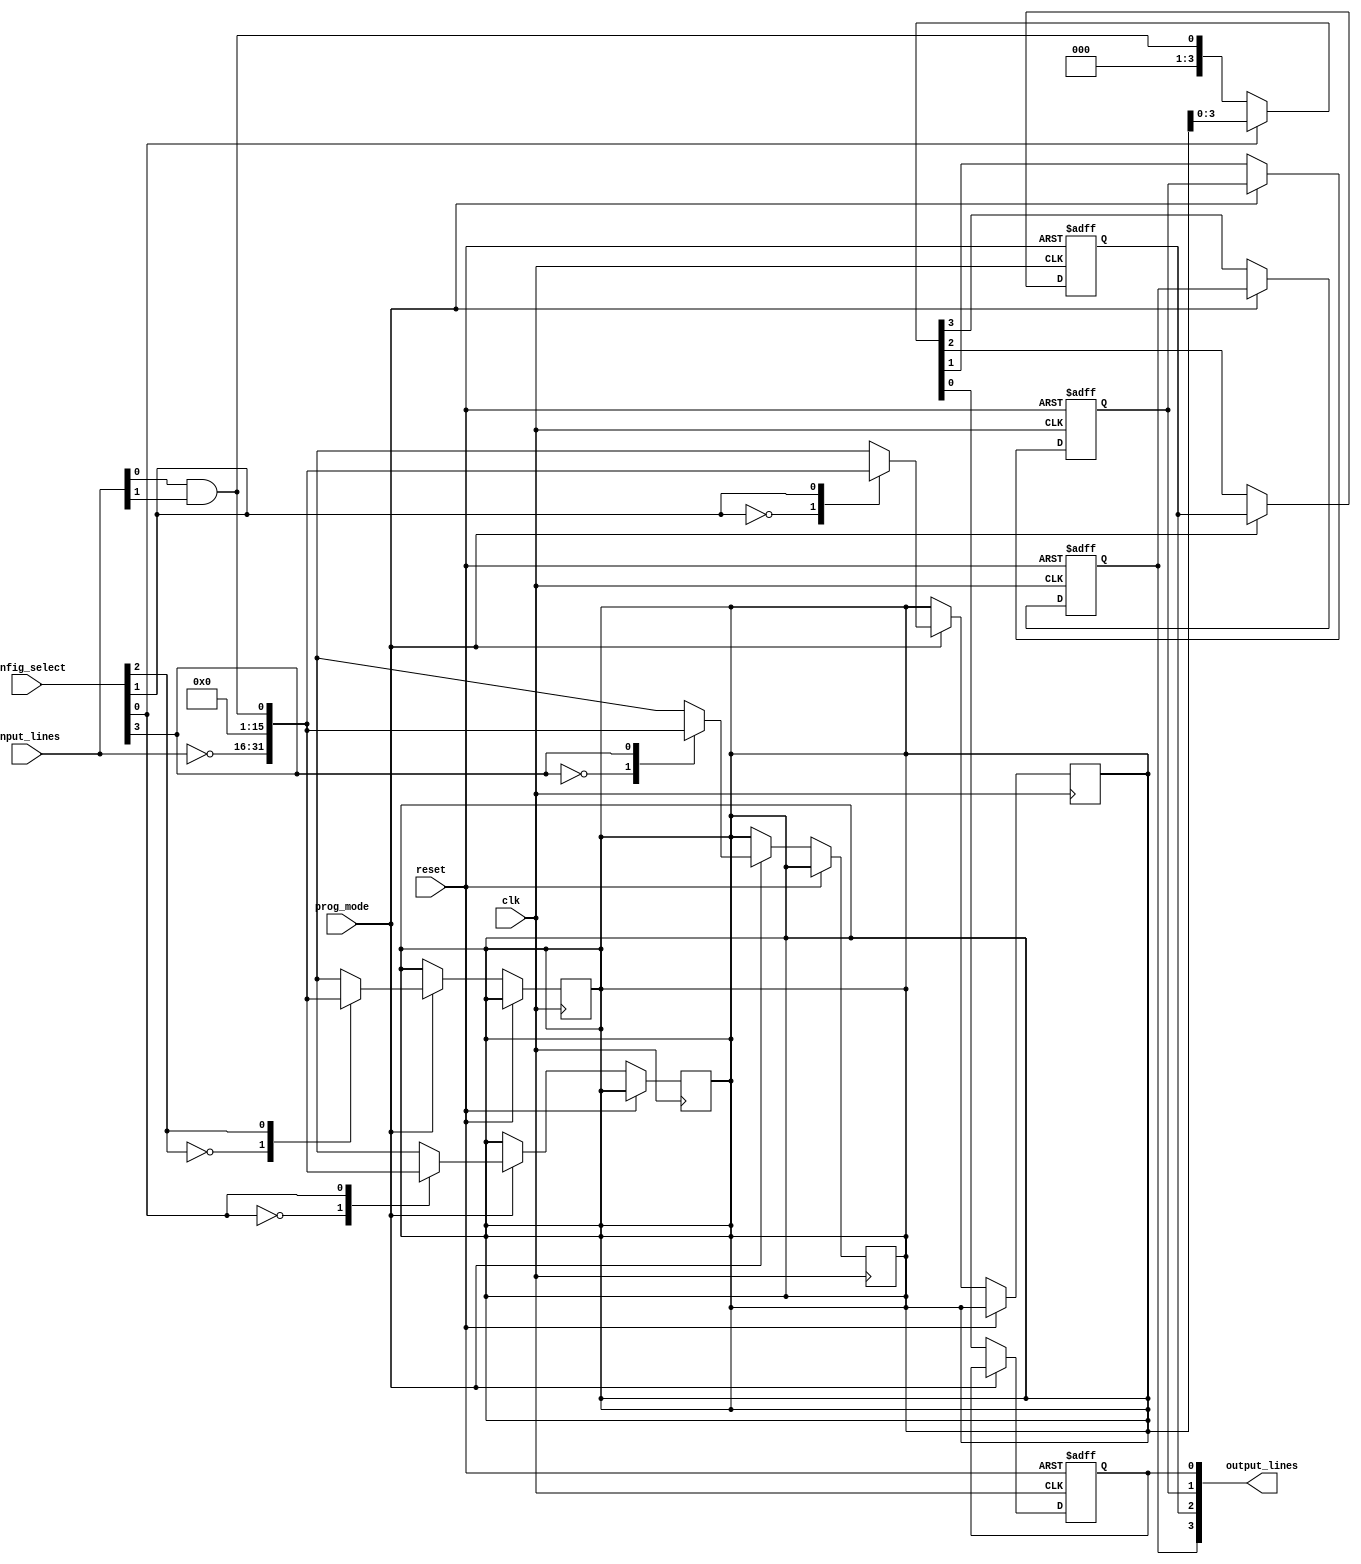
module CLB #(
    parameter NUM_INPUTS = 16,
    parameter NUM_OUTPUTS = 4
)(
    input wire [NUM_INPUTS-1:0] input_lines,   // Input lines
    input wire [NUM_OUTPUTS-1:0] config_select, // Configuration select bits
    input wire prog_mode,                        // Programming mode signal
    input wire clk,                              // Clock signal
    input wire reset,                            // Reset signal
    output reg [NUM_OUTPUTS-1:0] output_lines   // Output lines
);

    reg [NUM_INPUTS-1:0] internal_logic;        // Internal logic output from gates
    wire [NUM_OUTPUTS-1:0] mux_out;             // Mux output

    // Logic gates - Example: You can expand this with more gates/configuration as needed
    function [NUM_INPUTS-1:0] logic_gate(
        input [3:0] gate_type,
        input [NUM_INPUTS-1:0] in
    );
        case (gate_type)
            4'b0000: logic_gate = ~in; // NOT
            4'b0001: logic_gate = in[0] & in[1]; // AND
            4'b0010: logic_gate = in[0] | in[1]; // OR
            4'b0011: logic_gate = ~(in[0] & in[1]); // NAND
            4'b0100: logic_gate = ~(in[0] | in[1]); // NOR
            4'b0101: logic_gate = in[0] ^ in[1]; // XOR
            default: logic_gate = 0;
        endcase
    endfunction

    // Internal multiplexers to select between different configured logic outputs
    genvar i;
    generate
        for (i = 0; i < NUM_OUTPUTS; i = i + 1) begin: mux_gen
            always @(posedge clk or posedge reset) begin
                if (reset) begin
                    output_lines[i] <= 0;
                end else if (prog_mode) begin
                    // In programming mode, connect to programming inputs or internal logic
                    internal_logic = logic_gate(config_select[i], input_lines);
                end else begin
                    output_lines[i] <= mux_out[i]; // Final output after mux selection
                end
            end
        end
    endgenerate

    // Output Multiplexing Logic - Simplified MUX logic
    // Here, you can define the mux logic based on the configuration you need
    assign mux_out = (config_select[0]) ? internal_logic : logic_gate(4'b0001, input_lines); // Example
    
    // Test access point for debugging
    assign test_access_lines = {input_lines, output_lines};

endmodule